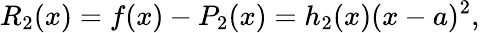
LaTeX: R_{2}(x)=f(x)-P_{2}(x)=h_{2}(x)(x-a)^{2},